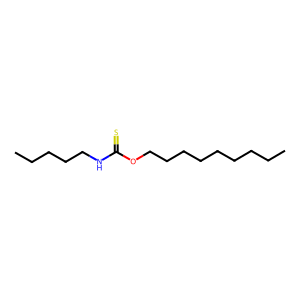
SMILES: CCCCCCCCCOC(=S)NCCCCC
Inhibits HIV replication: No